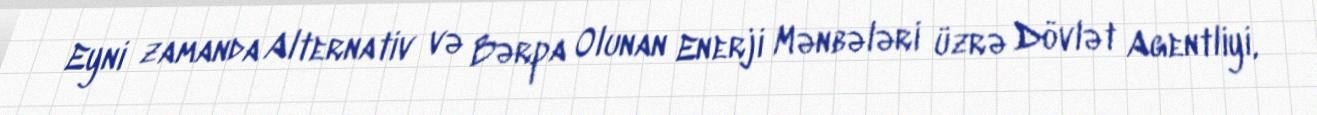
Eyni zamanda Alternativ və Bərpa Olunan Enerji Mənbələri üzrə Dövlət Agentliyi,